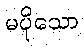
မပိုသော